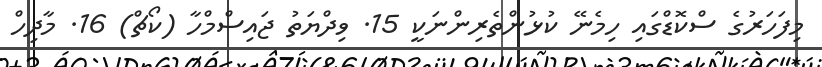
މިފަހަރުގެ ސްކޮޑްގައި ހިމެނޭ ކުޅުންތެރިންނަކީ 15. ވިދްޔަތު ޖައިސްމްހާ (ކޯޗް) 16. މާދިހް